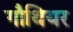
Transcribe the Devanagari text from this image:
गौथियर